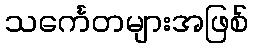
သင်္ကေတများအဖြစ်